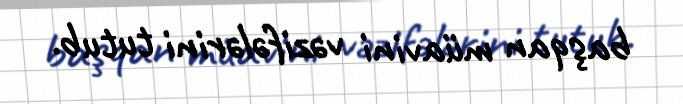
başqan müavini vəzifələrini tutub.